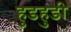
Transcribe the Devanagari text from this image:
हुडहुडी